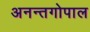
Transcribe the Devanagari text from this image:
अनन्तगोपाल